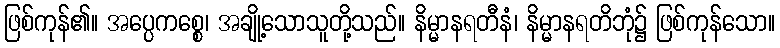
ဖြစ်ကုန်၏။ အပ္ပေကစ္စေ၊ အချို့သောသူတို့သည်။ နိမ္မာနရတီနံ၊ နိမ္မာနရတိဘုံ၌ ဖြစ်ကုန်သော။